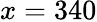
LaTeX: x=340